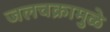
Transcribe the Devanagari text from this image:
जलचक्रामुळे